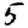
Digit: 5